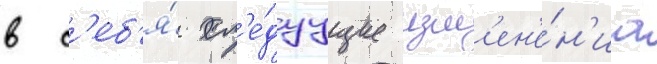
в с'еб'я́ сл'е́дуущие изм'ен'е́н'иа